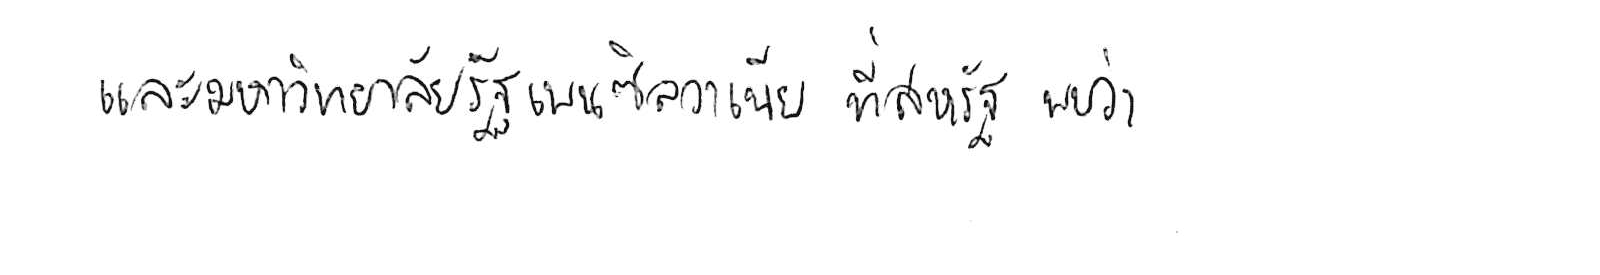
และมหาวิทยาลัยรัฐเพนซิลวาเนีย ที่สหรัฐ พบว่า